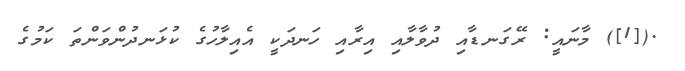
.([1]) މާނައީ: ރޭގަނޑާއި ދުވާލާއި އިރާއި ހަނދަކީ އެއިލާހުގެ ކުޅަނދުންވަންތަ ކަމުގެ